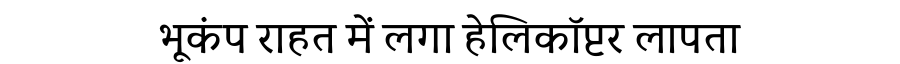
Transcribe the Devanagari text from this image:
भूकंप राहत में लगा हेलिकॉप्टर लापता